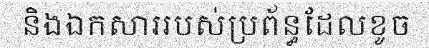
និងឯកសាររបស់ប្រព័ន្ធដែលខូច